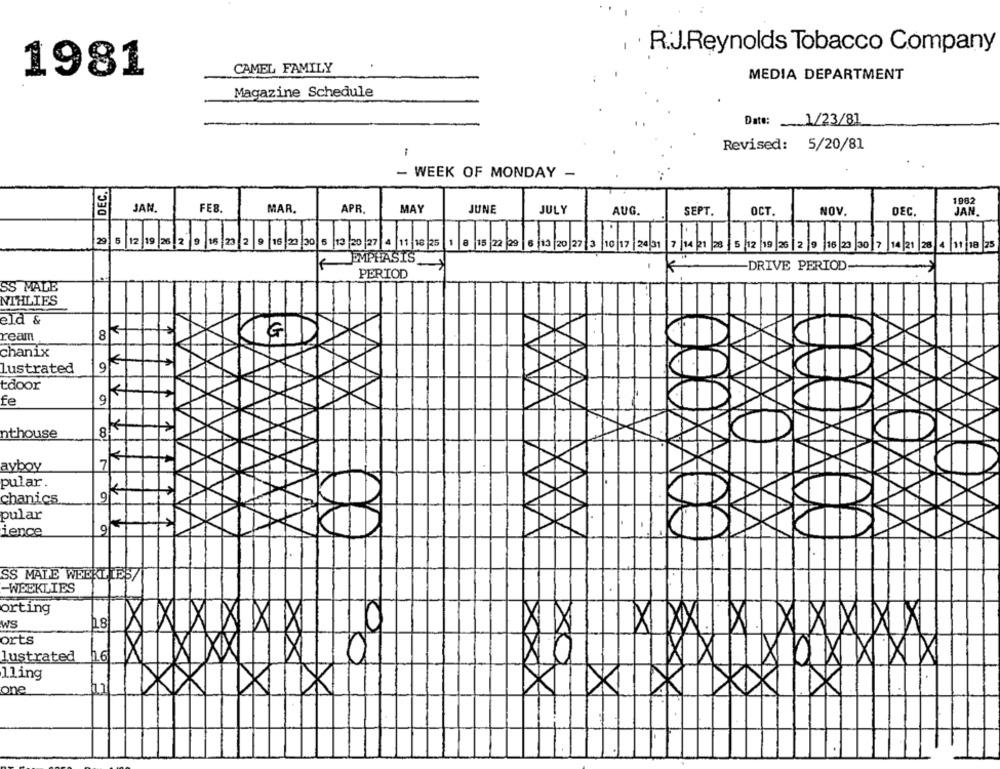
R.J.Reynolds Tobacco Company
CAMEL FAMILY
1981
MEDIA DEPARTMENT
Magazine Schedule
Date: 1/23/81
Revised: 5/20/81
- WEEK OF MONDAY -
DEC.
1982
JAN.
FE8
MAR.
MAY
JUNE
APR.
JULY
AUG.
SEPT.
OCT.
NOV.
DEC
JAN.
29 5 12 19 26 2 9 16 23 2
13 20 27
3 10 17 24 31 7 14 21 28
EMPHASIS
K
DRIVE PERIOD:
PERIOD
S'S MALE
NIHLIES
eld &
ream
8
chanix
lustrated
9
tdoor
fe
9
K
nthouse
ayboy
7
pular
chanics
9
pular
ience
SS MALE WEEKLLES,
WEEKLIES
orting
18
X
WS
X
orts
lustrated
16
11ing
one